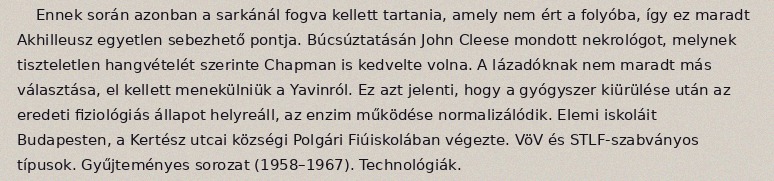
Ennek során azonban a sarkánál fogva kellett tartania, amely nem ért a folyóba, így ez maradt Akhilleusz egyetlen sebezhető pontja. Búcsúztatásán John Cleese mondott nekrológot, melynek tiszteletlen hangvételét szerinte Chapman is kedvelte volna. A lázadóknak nem maradt más választása, el kellett menekülniük a Yavinról. Ez azt jelenti, hogy a gyógyszer kiürülése után az eredeti fiziológiás állapot helyreáll, az enzim működése normalizálódik. Elemi iskoláit Budapesten, a Kertész utcai községi Polgári Fiúiskolában végezte. VöV és STLF-szabványos típusok. Gyűjteményes sorozat (1958–1967). Technológiák.